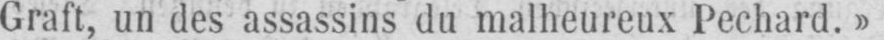
Graft, un des assassins du malheureux Pechard.»